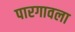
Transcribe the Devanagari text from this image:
पारगावला